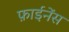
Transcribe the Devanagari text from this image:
फ़ाईनेंस